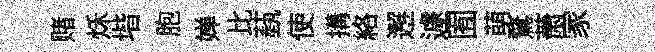
赌秌堦胞婵比蓺使搆絡邂遽囿萌鶩萧家